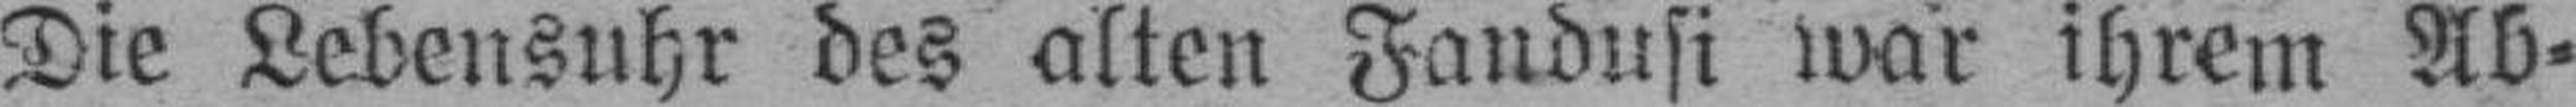
Die Lebensuhr des alten Fandusi war ihrem Ab¬